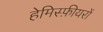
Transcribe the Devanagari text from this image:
हेमिस्फ़ीयरों